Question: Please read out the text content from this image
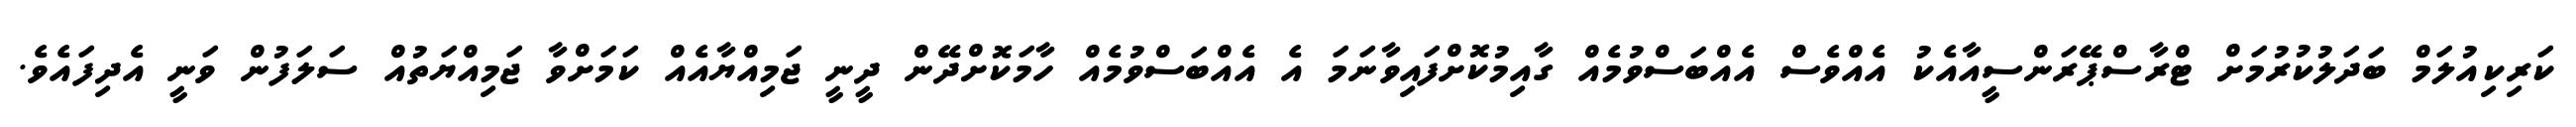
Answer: ކަރިކިއުލަމް ބަދަލުކުރުމަށް ޓްރާސްޕޭރަންސީއާއެކު އެއްވެސް އެއްބަސްވުމެއް ގާއިމުކޮށްފައިވާނަމަ އެ އެއްބަސްވުމެއް ހާމަކޮށްދޭން ދީނީ ޖަމިއްޔާއެއް ކަމަށްވާ ޖަމިއްޔަތުއް ސަލަފުން ވަނީ އެދިފައެވެ.